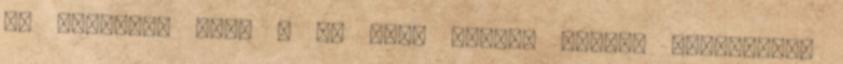
Ma Mártírok útja . Az első óvónő: József Gabriella.